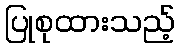
ပြုစုထားသည့်